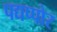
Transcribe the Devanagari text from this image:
पद्यप्पोर